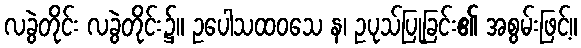
လခွဲတိုင်း လခွဲတိုင်း၌။ ဥပေါသထဝသေ န၊ ဥပုသ်ပြုခြင်း၏ အစွမ်းဖြင့်။